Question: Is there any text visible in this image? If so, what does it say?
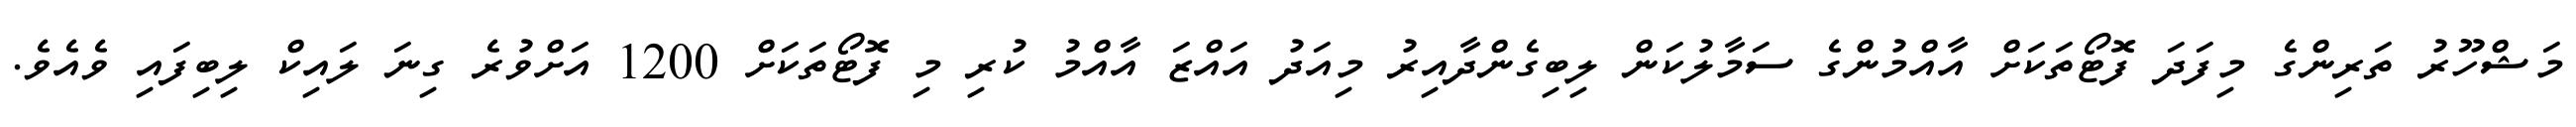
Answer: މަޝްހޫރު ތަރިންގެ މިފަދަ ފޮޓޯތަކަށް އާއްމުންގެ ސަމާލުކަން ލިބިގެންދާއިރު މިއަދު އައްޒަ އާއްމު ކުރި މި ފޮޓޯތަކަށް 1200 އަށްވުރެ ގިނަ ލައިކް ލިބިފައި ވެއެވެ.